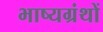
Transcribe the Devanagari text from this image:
भाष्यग्रंथों